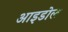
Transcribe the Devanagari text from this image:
आइडोल